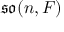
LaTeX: { \mathfrak { s o } } ( n , F )